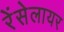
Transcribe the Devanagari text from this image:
रेंसेलायर